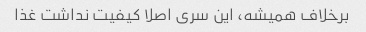
برخلاف همیشه، این سری اصلا کیفیت نداشت غذا